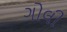
ગોલી